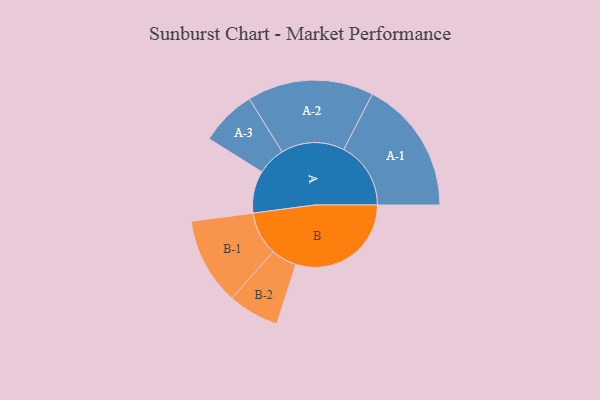
{"axis": {"x": "Segment", "y": "Value"}, "legend": ["", "A", "B"], "data": [{"x": "A", "y": 179, "type": ""}, {"x": "B", "y": 489, "type": ""}, {"x": "A-1", "y": 284, "type": "A"}, {"x": "A-2", "y": 268, "type": "A"}, {"x": "A-3", "y": 119, "type": "A"}, {"x": "B-1", "y": 185, "type": "B"}, {"x": "B-2", "y": 108, "type": "B"}]}